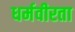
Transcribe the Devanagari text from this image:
धर्मवीरता